65_HS1-834228961_62-HQ-83894_Section_2
Agency: FBI
Page 83
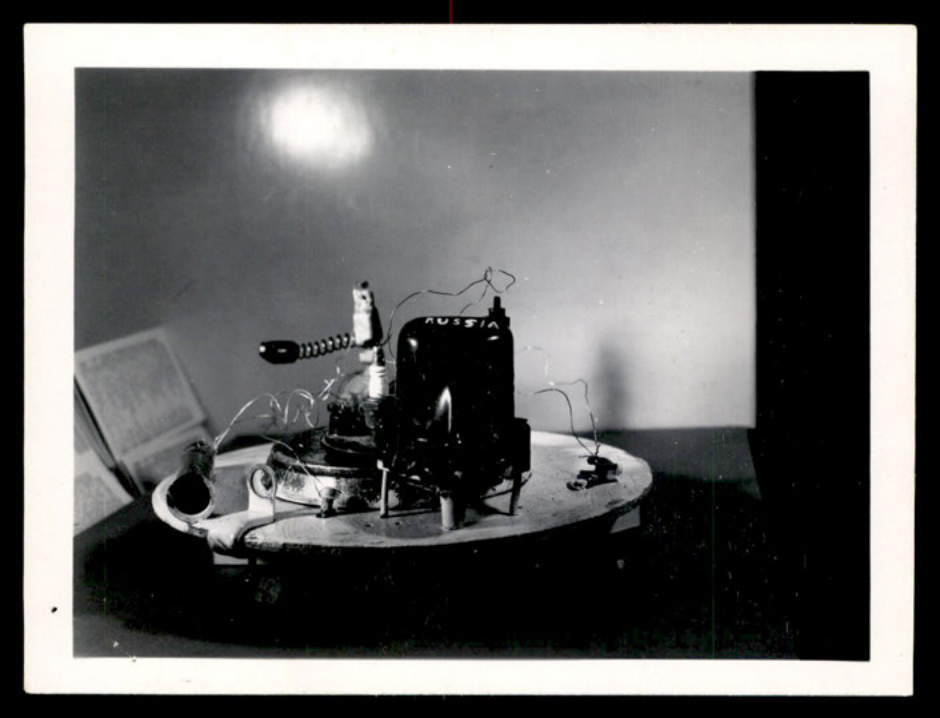